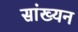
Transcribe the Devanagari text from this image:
सांख्यन